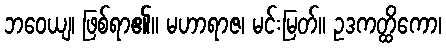
ဘဝေယျ၊ ဖြစ်ရာ၏။ မဟာရာဇ၊ မင်းမြတ်။ ဥဒကတ္ထိကော၊